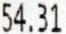
54.31